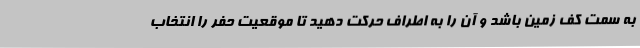
به سمت کف زمین باشد و آن را به اطراف حرکت دهید تا موقعیت حفر را انتخاب